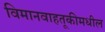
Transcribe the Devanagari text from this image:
विमानवाहतूकीमधील